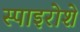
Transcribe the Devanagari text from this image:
स्पाइरोशे